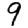
Digit: 9